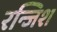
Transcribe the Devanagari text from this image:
रन्जिश